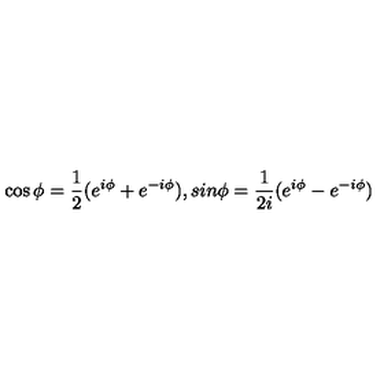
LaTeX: \cos \phi = \frac { 1 } { 2 } ( e ^ { i \phi } + e ^ { - i \phi } ) , s i n \phi = \frac { 1 } { 2 i } ( e ^ { i \phi } - e ^ { - i \phi } )